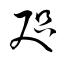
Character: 咫